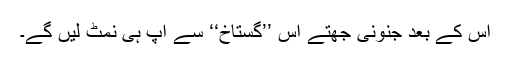
اُس کے بعد جنونی جھتے اُس ’’گستاخ‘‘ سے آپ ہی نمٹ لیں گے۔